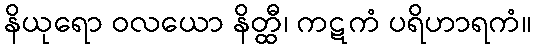
နိယုရော ဝလယော နိတ္ထီ၊ ကဋကံ ပရိဟာရကံ။